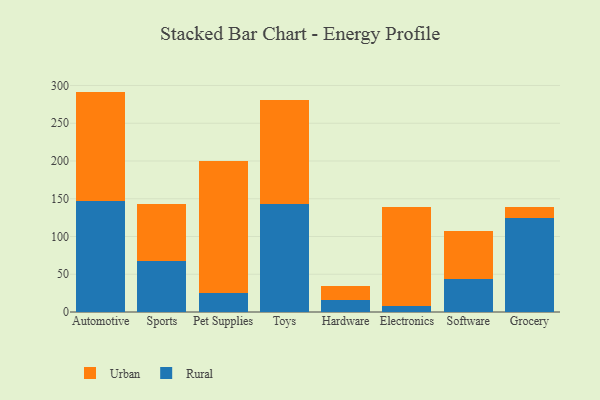
{"axis": {"x": "Category", "y": "Operating Costs (USD K)"}, "legend": ["Rural", "Urban"], "data": [{"x": "Automotive", "y": 146.9, "type": "Rural"}, {"x": "Automotive", "y": 145.0, "type": "Urban"}, {"x": "Sports", "y": 66.9, "type": "Rural"}, {"x": "Sports", "y": 76.3, "type": "Urban"}, {"x": "Pet Supplies", "y": 25.6, "type": "Rural"}, {"x": "Pet Supplies", "y": 174.2, "type": "Urban"}, {"x": "Toys", "y": 143.0, "type": "Rural"}, {"x": "Toys", "y": 137.9, "type": "Urban"}, {"x": "Hardware", "y": 16.1, "type": "Rural"}, {"x": "Hardware", "y": 18.3, "type": "Urban"}, {"x": "Electronics", "y": 7.9, "type": "Rural"}, {"x": "Electronics", "y": 130.9, "type": "Urban"}, {"x": "Software", "y": 44.0, "type": "Rural"}, {"x": "Software", "y": 63.0, "type": "Urban"}, {"x": "Grocery", "y": 124.5, "type": "Rural"}, {"x": "Grocery", "y": 14.4, "type": "Urban"}]}